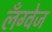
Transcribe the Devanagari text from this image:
लॅंग्वेज